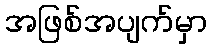
အဖြစ်အပျက်မှာ